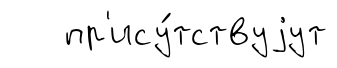
пр'ису́тствуjут